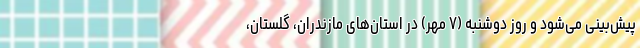
پیش‌بینی می‌شود و روز دوشنبه (۷ مهر) در استان‌های مازندران، گلستان،